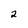
Character: 2